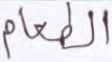
الطعام